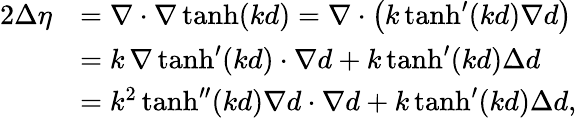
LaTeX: \begin{array}{rl}{2\Delta\eta}&{=\nabla\cdot\nabla\operatorname{tanh}(kd)=\nabla\cdot\big(k\operatorname{tanh}^{\prime}(kd)\nabla d\big)}\\ &{=k\, \nabla\operatorname{tanh}^{\prime}(kd)\cdot\nabla d+k\operatorname{tanh}^{\prime}(kd)\Delta d}\\ &{=k^{2}\operatorname{tanh}^{\prime\prime}(kd)\nabla d\cdot\nabla d+k\operatorname{tanh}^{\prime}(kd)\Delta d,}\end{array}